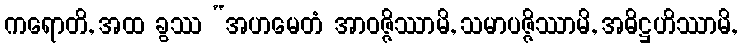
ကရောတိ, အထ ခွဿ “အဟမေတံ အာဝဇ္ဇိဿာမိ, သမာပဇ္ဇိဿာမိ, အဓိဋ္ဌဟိဿာမိ,